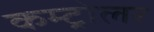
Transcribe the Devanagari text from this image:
कम्ट्रोलर